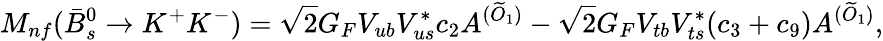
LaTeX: M_{nf}(\bar{B}_{s}^{0}\rightarrow K^{+}K^{-})=\sqrt{2}G_{F}V_{ub}V_{us}^{*}c_{2}A^{(\widetilde{O}_{1})}-\sqrt{2}G_{F}V_{tb}V_{ts}^{*}(c_{3}+c_{9})A^{(\widetilde{O}_{1})},